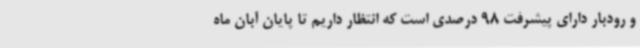
و رودبار دارای پیشرفت 98 درصدی است که انتظار داریم تا پایان آبان ماه